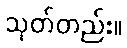
သုတ်တည်း။